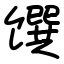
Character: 馔